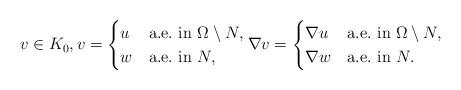
LaTeX: \begin{align*}v\in K_0,v= \begin{cases} u&\mbox{a.e.~in }\Omega\setminus N,\\ w&\mbox{a.e.~in }N, \end{cases}\nabla v=\begin{cases} \nabla u&\mbox{a.e.~in }\Omega\setminus N,\\\nabla w&\mbox{a.e.~in }N. \end{cases}\end{align*}